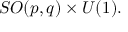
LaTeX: S O ( p , q ) \times U ( 1 ) .